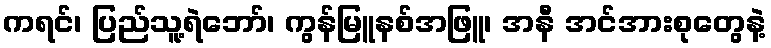
ကရင်၊ ပြည်သူ့ရဲဘော်၊ ကွန်မြူနစ်အဖြူ၊ အနီ အင်အားစုတွေနဲ့